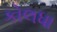
કોલધા